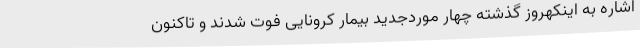
اشاره به اینکهروز گذشته چهار موردجدید بیمار کرونایی فوت شدند و تاکنون